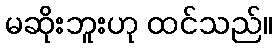
မဆိုးဘူးဟု ထင်သည်။